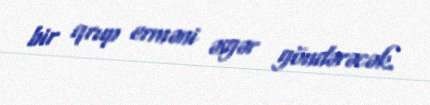
bir qrup erməni əsgər göndərəcək.